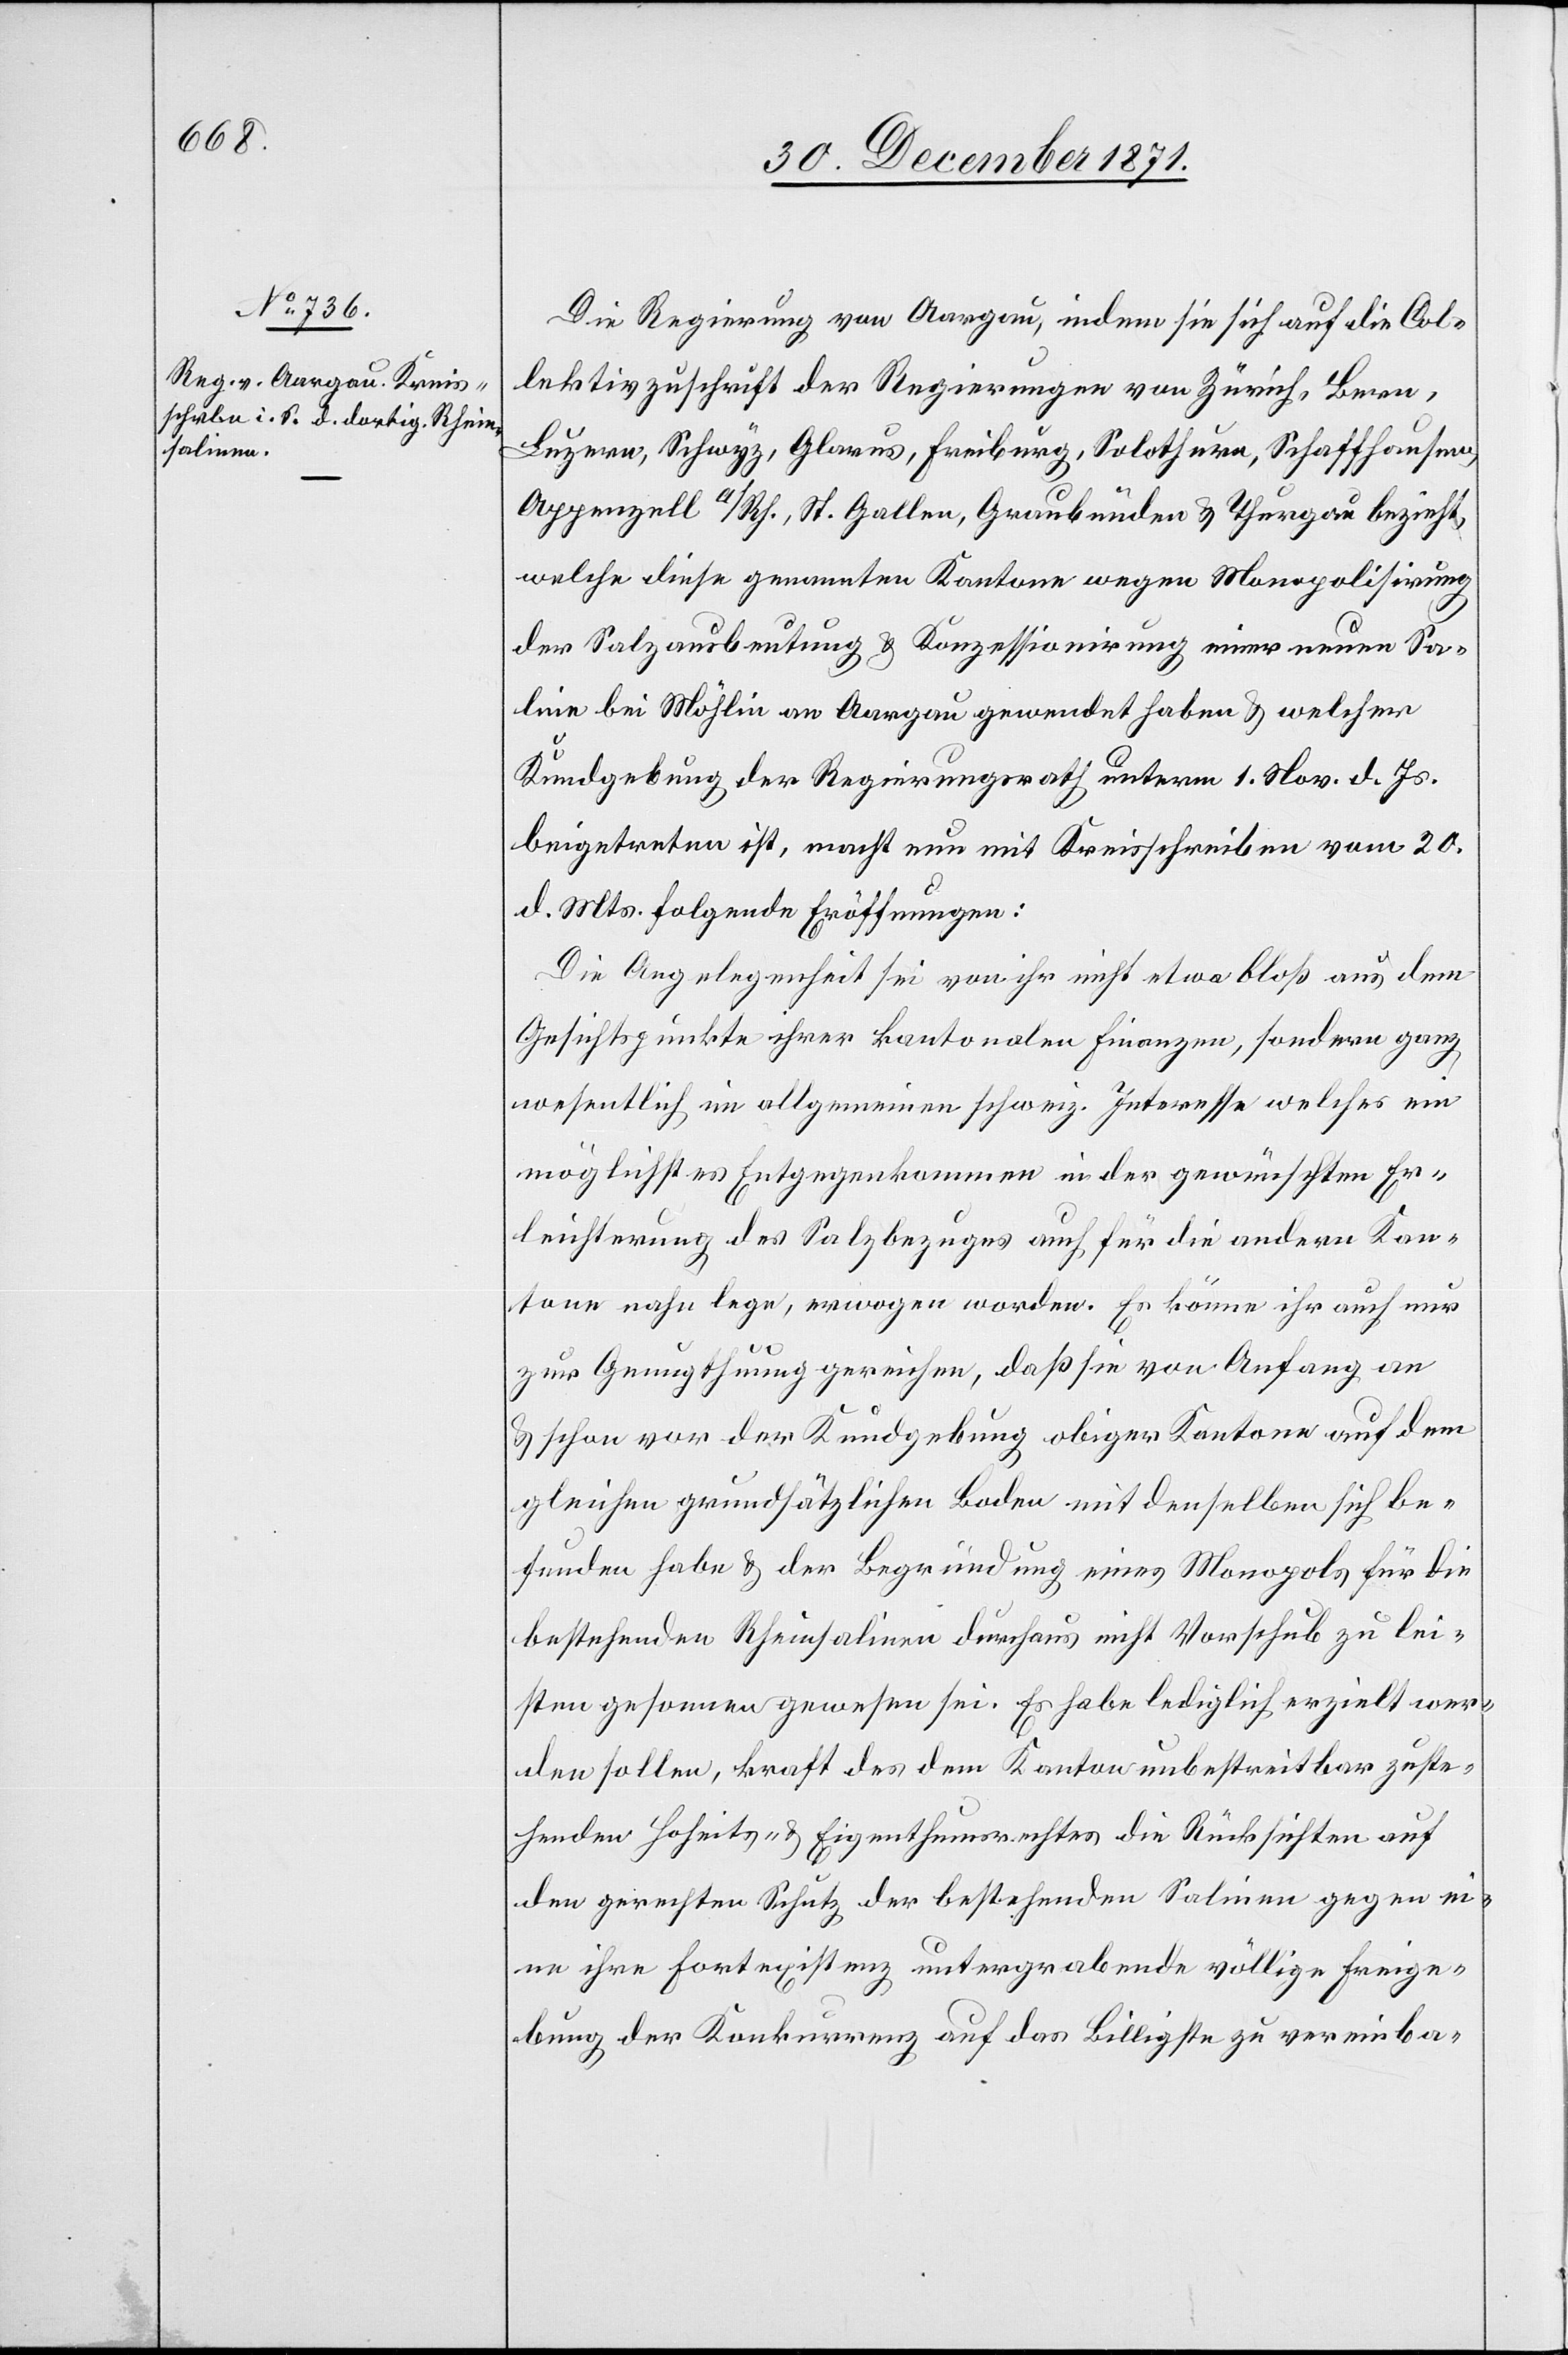
Die Regierung von Aargau, indem sie sich auf die Col¬
lektivzuschrift der Regierungen von Zürich, Bern,
Luzern, Schwyz, Glarus, Freiburg, Solothurn, Schaffhausen,
Appenzell a/Rh., St. Gallen, Graubünden & Thurgau bezieht,
welche diese genannten Kantone wegen Monopolisirung
der Salzausbeutung & Konzessionirung einer neuen S¬
aline bei Möhlin an Aargau gewendet haben & welcher
Kundgebung der Regierungsrath unterm 1. Nov. d. Js.
beigetreten ist, macht nun mit Kreisschreiben vom 20.
d. Mts. folgende Eröffnungen:
Die Angelegenheit sei von ihr nicht etwa bloß aus dem
Gesichtspunkte ihrer kantonalen Finanzen, sondern ganz
wesentlich im allgemeinen schweiz. Interesse welches ein
mögliches Entgegenkommen in der gewünschten Er¬
leichterung des Salzbezuges auch für die andern Kan¬
tone nahe lege, erwogen worden. Es könne ihr auch nur
zur Genugthuung gereichen, daß sie von Anfang an
& schon vor der Kundgebung obiger Kantone auf dem
gleichen grundsätzlichen Boden mit denselben sich be¬
funden habe & der Begründung eines Monopols für die
bestehenden Rheinsalinen durchaus nicht Vorschub zu lei¬
sten gesonnen gewesen sei. Es habe lediglich erzielt wer¬
den sollen, kraft des dem Kanton unbestreitbar zuste¬
henden Hoheits- & Eigenthumsrechtes die Rücksichten auf
den gerechten Schutz der bestehenden Salinen gegen ei¬
ne ihre Fortexistenz untergrabende völlige Freige¬
bung der Konkurrenz auf das Billigste zu vereinba-